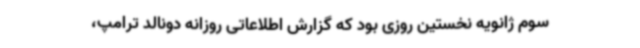
سوم ژانویه نخستین روزی بود که گزارش اطلاعاتی روزانه دونالد ترامپ،